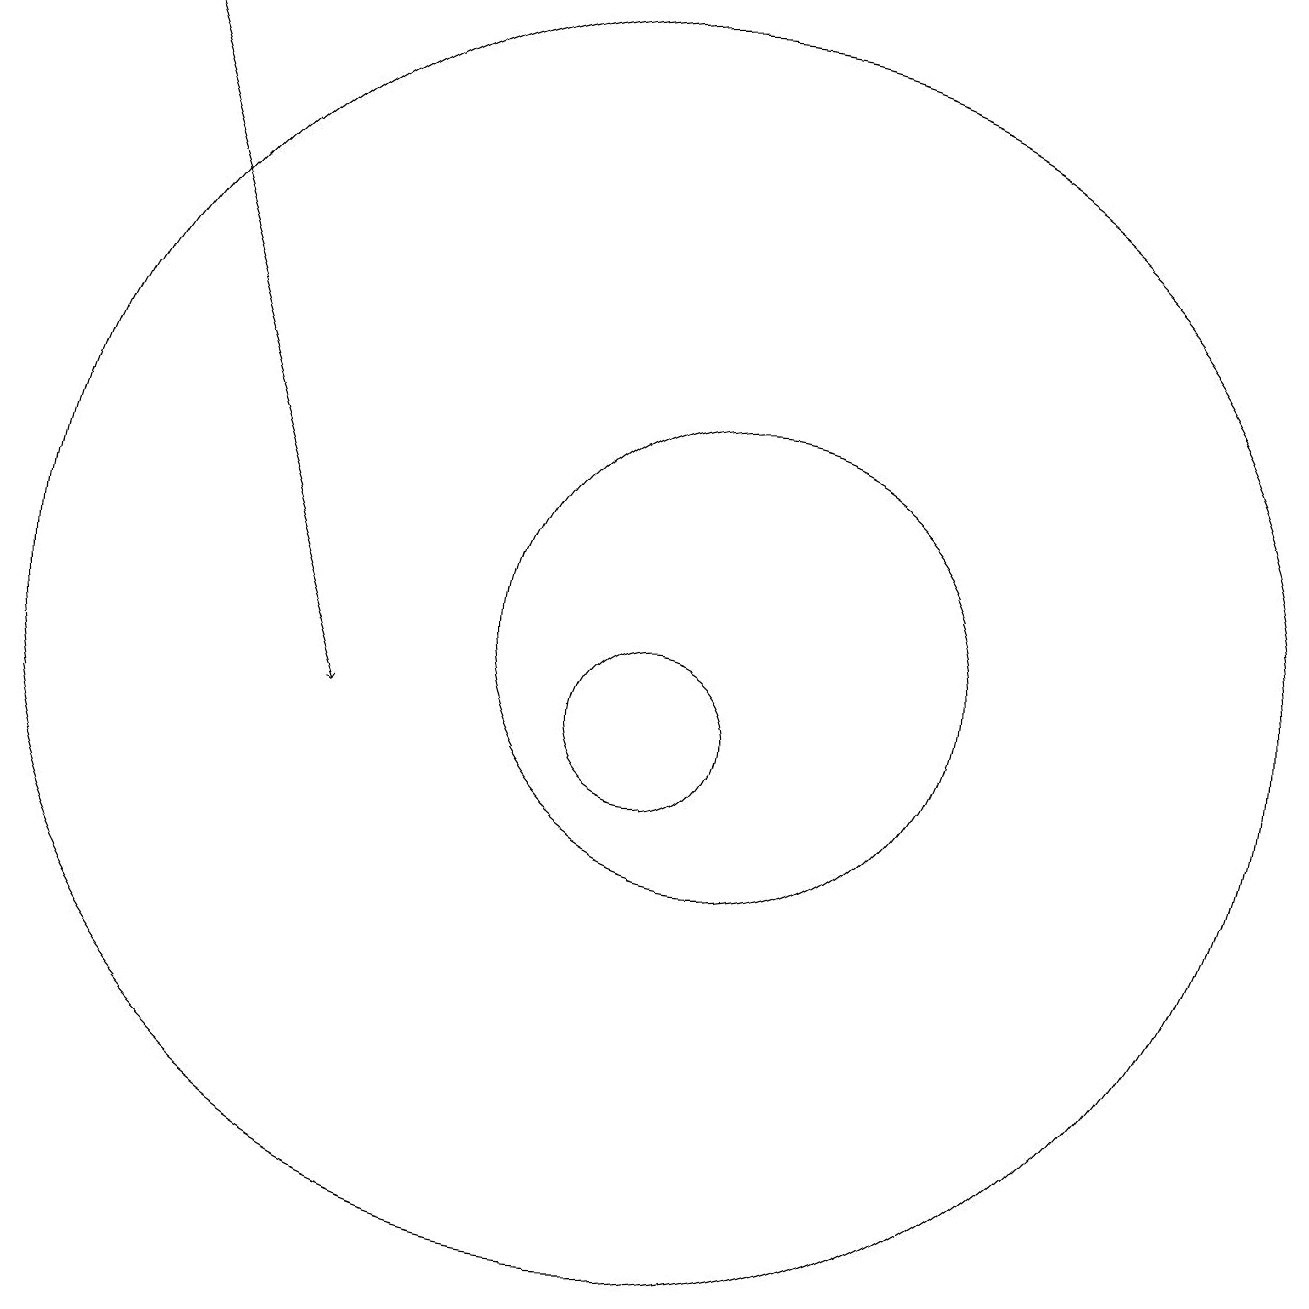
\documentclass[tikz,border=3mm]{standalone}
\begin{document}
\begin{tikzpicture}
\draw[->] (3,19) -- (6,10);
\draw (10,10) circle (1);
\draw (10,11) circle (8);
\draw (11,11) circle (3);
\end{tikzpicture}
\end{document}